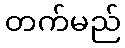
တက်မည်